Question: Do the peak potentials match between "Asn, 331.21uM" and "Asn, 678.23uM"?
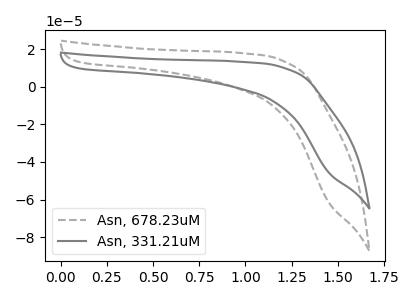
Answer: <think>The gray dashed curve "Asn, 678.23uM" has no peaks. The gray curve "Asn, 331.21uM" has no peaks.</think>
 <answer>Niether CV has any peaks.</answer>
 <eval>blanks</eval>